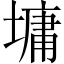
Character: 墉